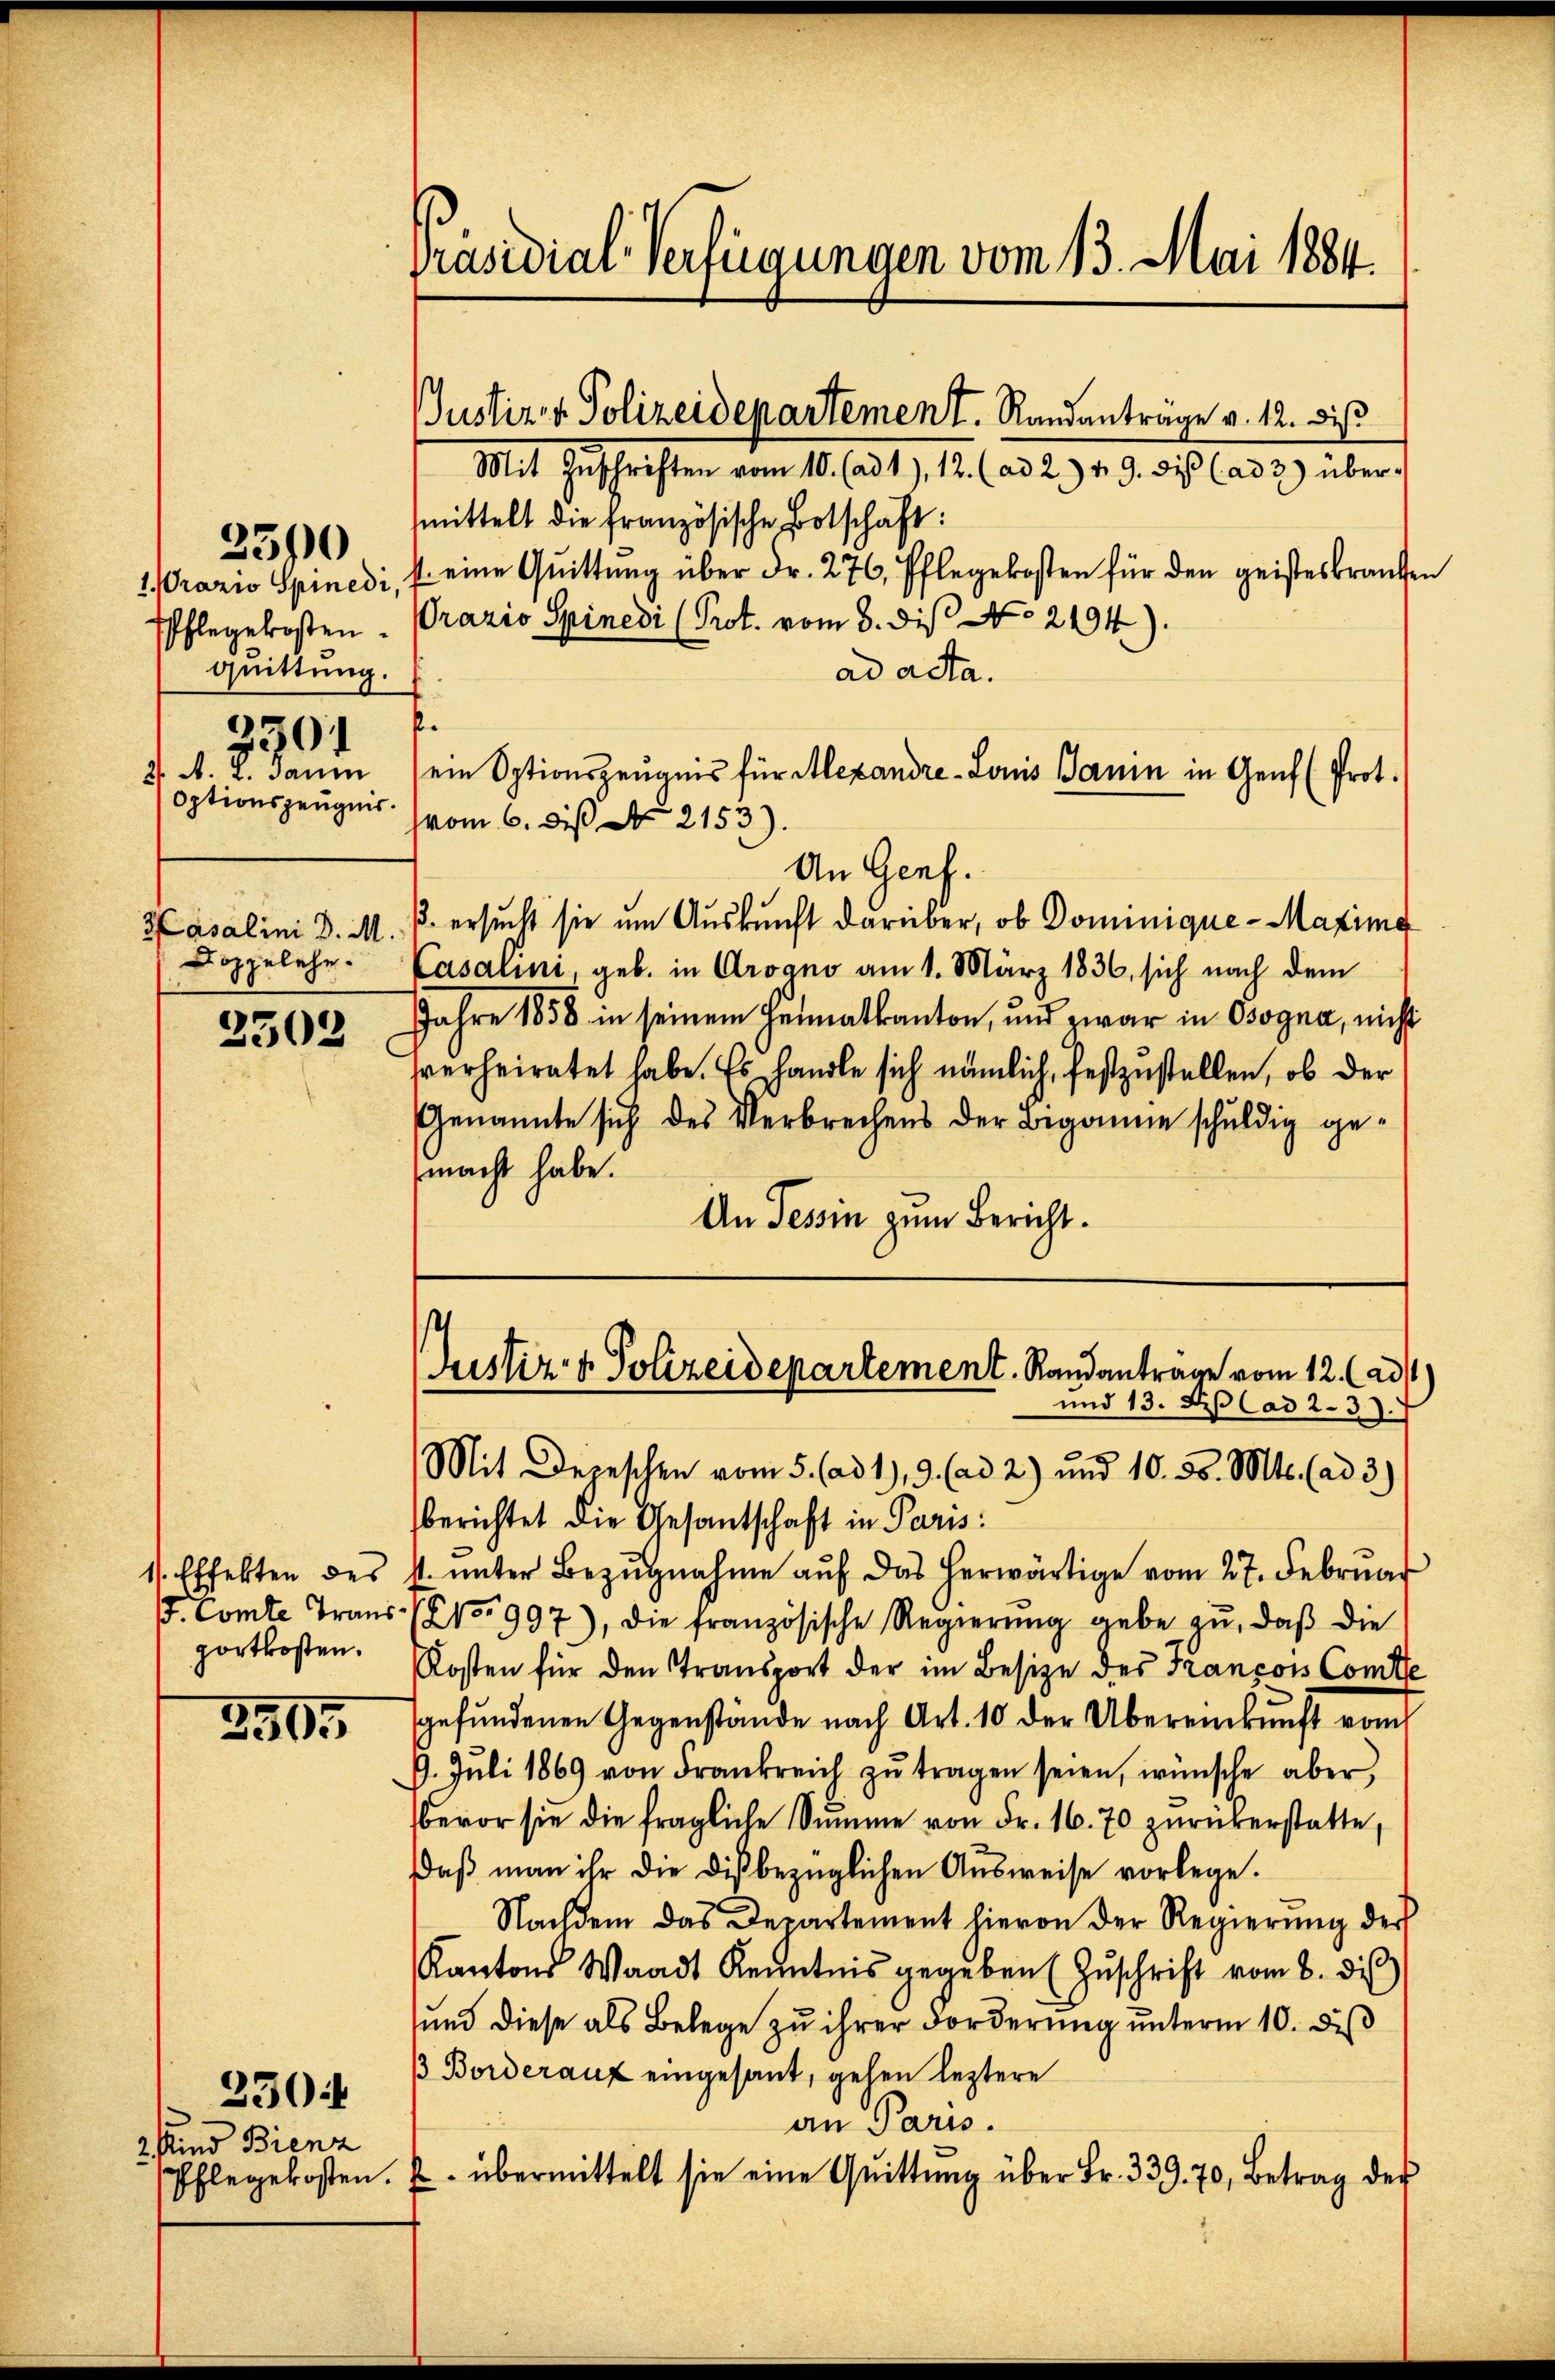
1Wrazio Spinedi,
hlegekosten.
quittung.
9301
2. A. L. Saum
Optionszeugnis.

2500

Hasalini d. M.
Doppelehe.

2503

1). Effekten des
. Comte Trans
portkosten.

3905

3 Kind Bienz
Pflegekosten.

230

Präsidial-Verfügungen vom 13. Mai 1884.

Justiz- & Polizeidepartement. Randanträge v. 12. dis

Mit Zŭschriften vom 10. (ad1), 12. (ad 2. v. 9. dis (ad 3) über-
mittelt die französische Botschaft:
 eine Quittung über dr. 276, Pflegekosten für den geisteskrauten
Orazio Spinedi (Prot. vom 8. dis No 2194)
ad acta.
.
sein Optionszeugnis für Alexandre-Louis Panin in Genf (Prot.
vom 6. die N. 2153)
An Genf.
B. ersucht sie um Auskunft darüber, ob Dominique-Maxima
Casalini, geb. in Arvano am 1. März 1836, sich nach dem
Jahre 1858 in seinem Heimatkanton, und zwar in Osogna, nicht
sverheiratet habe. Es handle sich nämlich, festzustellen, ob der
Genannte sich des Verbrechens der Begonne schuldig gemacht habe.
An Tessin zum Bericht.

Justiz- & Polizeidepartement. Randantrage vom 12. (ad1)
und 13. Dep Cad 2. 37.

Mit Depeschen vom 5. (ad 1, 9. (ad 2) und 10. ds. Mts. (ad 3.)
berichtet die Gesantschaft in Paris
4. ŭnter Bezŭgnahme aŭf das herwärtige vom 27. Februar
No 997), die französische Regierŭng gebe zŭ, daβ die
Kosten für den Transport der im Besize des Francois Comte
gefundenen Gegenstände nach Art. 10 der Übereinkunft vom
9. Jŭli 1869 von Frankreich zŭ tragen seien, wünsche aber,
bevor sie die fragliche Summe von Fr. 16. 70 zŭrükerstatte,
daβ man ihr die dis bezüglichen Aŭsweise vorlege.
Nachdem das Departement hievon der Regierŭng der
Kantons Waadt Kenntnis gegeben (Zŭschrift vom 8. di
und diese als Belege zu ihrer Forderung unterm 10. diß
/ Borderauf eingesant, gehen leztere
an Paris.
u. übermittelt sie eine Quittŭng über Fr. 339. 70, Betrag der